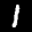
Label: 1